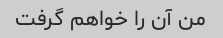
من آن را خواهم گرفت